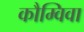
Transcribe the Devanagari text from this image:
कौम्विवा